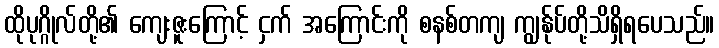
ထိုပုဂ္ဂိုလ်တို့၏ ကျေးဇူးကြောင့် ငှက် အကြောင်းကို စနစ်တကျ ကျွန်ုပ်တို့သိရှိရပေသည်။